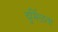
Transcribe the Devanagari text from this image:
दुर्मिळता